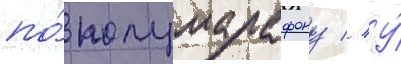
по́ полумарафону // У́